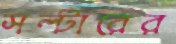
সল্টারের